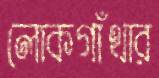
লোকগাঁথার